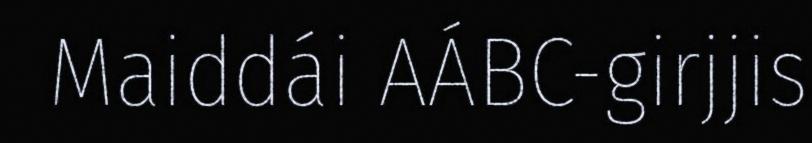
Maiddái AÁBC-girjjis